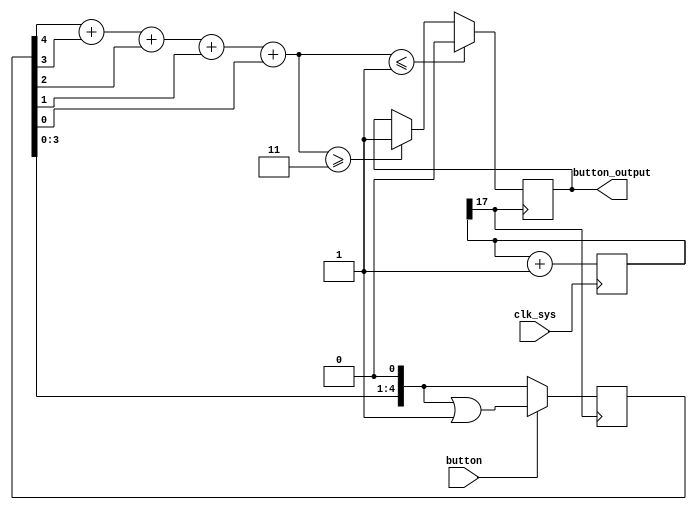
`timescale 1ns / 1ps
//////////////////////////////////////////////////////////////////////////////////
// Company: 
// Engineer: 
// 
// Design Name: 
// Module Name:    debouncer
// Project Name: 
// Target Devices: 
// Tool versions: 
// Description: 
//
// Dependencies: 
//
// Revision: 
// Revision 0.01 - File Created
// Additional Comments: 
//
//////////////////////////////////////////////////////////////////////////////////
module debouncer(
    input clk_sys,
    input button,
    output button_output
);
reg [4:0] count=5'b00000; 
reg button_output_reg;
wire [3:0] count_sum;

reg [17:0] clk_divider;

always @(posedge clk_sys) clk_divider = clk_divider+1;

assign clk = clk_divider[17];

reg [1:0] button_input_ff;

/*
always @(posedge clk or posedge button) begin
if (button)
button_input_ff <= 2'b11;
else
button_input_ff <= {1'b0,button_input_ff[1]};
end
	
*/

always @(posedge clk) begin
    if(button==0)
        count<=(count << 1);
    else
    begin
        count<=(count<<1)|1;
    end
end

always @(posedge clk) begin
        if(count_sum<=1) begin
            button_output_reg<=0;
        end else if (count_sum>=3)
        begin
            button_output_reg<=1;
        end
end

    assign count_sum= count[4]+count[3]+count[2]+count[1]+count[0];
    assign button_output=button_output_reg;

endmodule